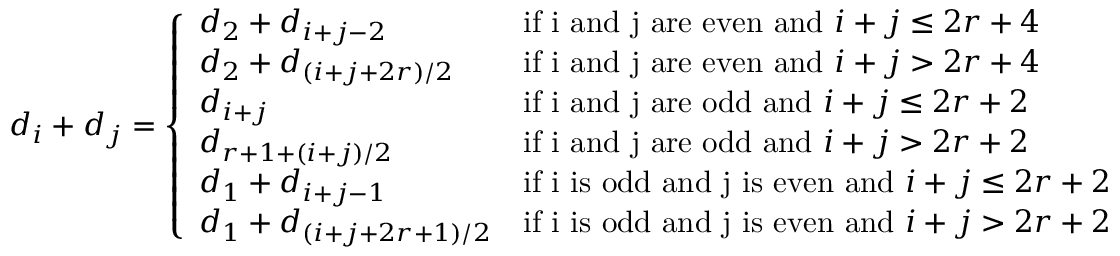
d _ { i } + d _ { j } = \left\{ \begin{array} { l l } { d _ { 2 } + d _ { i + j - 2 } } & { \mathrm { i f ~ i ~ a n d ~ j ~ a r e ~ e v e n ~ a n d ~ } i + j \leq 2 r + 4 } \\ { d _ { 2 } + d _ { ( i + j + 2 r ) / 2 } } & { \mathrm { i f ~ i ~ a n d ~ j ~ a r e ~ e v e n ~ a n d ~ } i + j > 2 r + 4 } \\ { d _ { i + j } } & { \mathrm { i f ~ i ~ a n d ~ j ~ a r e ~ o d d ~ a n d ~ } i + j \leq 2 r + 2 } \\ { d _ { r + 1 + ( i + j ) / 2 } } & { \mathrm { i f ~ i ~ a n d ~ j ~ a r e ~ o d d ~ a n d ~ } i + j > 2 r + 2 } \\ { d _ { 1 } + d _ { i + j - 1 } } & { \mathrm { i f ~ i ~ i s ~ o d d ~ a n d ~ j ~ i s ~ e v e n ~ a n d ~ } i + j \leq 2 r + 2 } \\ { d _ { 1 } + d _ { ( i + j + 2 r + 1 ) / 2 } } & { \mathrm { i f ~ i ~ i s ~ o d d ~ a n d ~ j ~ i s ~ e v e n ~ a n d ~ } i + j > 2 r + 2 } \end{array} \right.